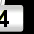
Digit: 3